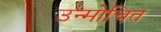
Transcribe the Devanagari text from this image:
उन्मोचित